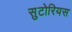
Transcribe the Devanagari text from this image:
सुटोरियस